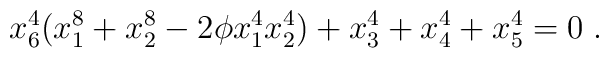
x_6^4(x_1^8+x_2^8-2\phi x_1^4x_2^4)+x_3^4+x_4^4+x_5^4=0 \; .